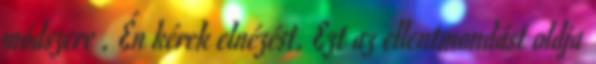
módszere . Én kérek elnézést. Ezt az ellentmondást oldja